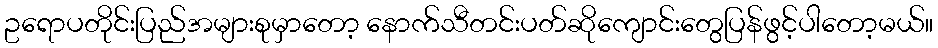
ဥရောပတိုင်းပြည်အများစုမှာတော့ နောက်သီတင်းပတ်ဆိုကျောင်းတွေပြန်ဖွင့်ပါတော့မယ်။